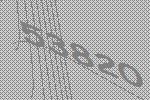
53820